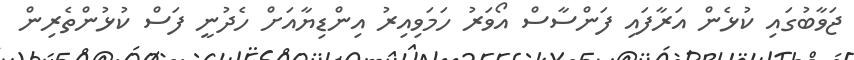
ޖަވާބުގައި ކުޅެން އަރާފައި ފަންސާސް އޯވަރު ހަމަވިއިރު އިންޑިޔާއަށް ހެދުނީ ފަސް ކުޅުންތެރިން